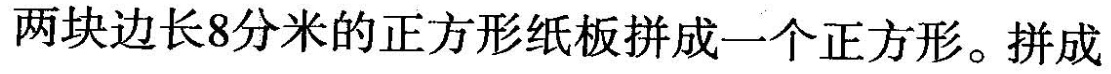
两块边长8分米的正方形纸板拼成一个正方形。拼成